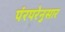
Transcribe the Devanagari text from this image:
पंरपरेनुसार